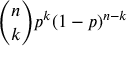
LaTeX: { \binom { n } { k } } p ^ { k } ( 1 - p ) ^ { n - k }